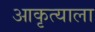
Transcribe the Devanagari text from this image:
आकृत्याला